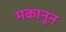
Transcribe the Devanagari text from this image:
मकानून